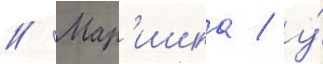
// Мар'ишка / у́